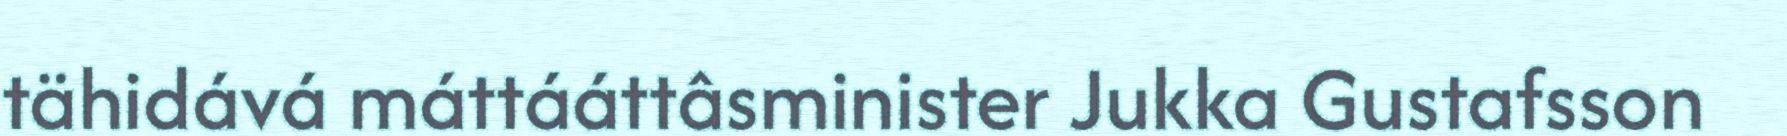
tähidává máttááttâsminister Jukka Gustafsson